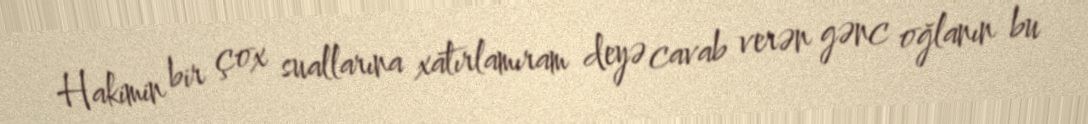
Hakimin bir çox suallarına xatırlamıram deyə cavab verən gənc oğlanın bu